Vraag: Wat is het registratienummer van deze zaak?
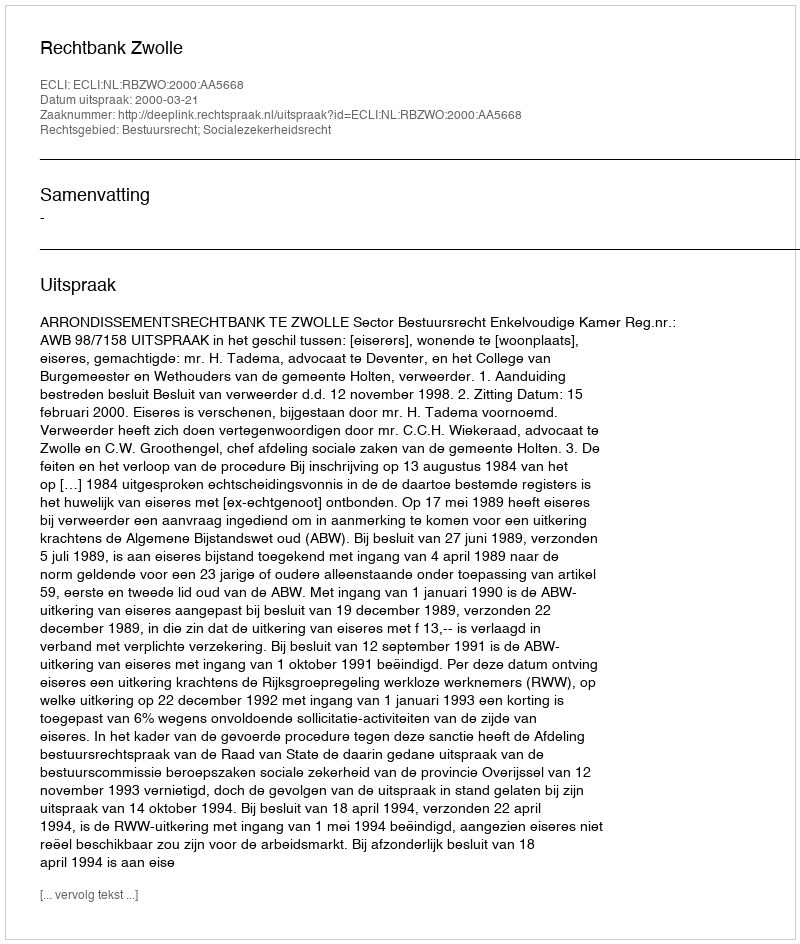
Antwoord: http://deeplink.rechtspraak.nl/uitspraak?id=ECLI:NL:RBZWO:2000:AA5668